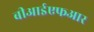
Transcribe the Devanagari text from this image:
बीआईएफआर